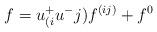
LaTeX: \begin{align*}f=u^{+}_{(i}u^{-}{j)}f^{(ij)}+f^0\\\end{align*}